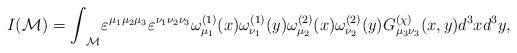
LaTeX: \begin{align*}I({\cal M}) = {\int}_{\cal M} {\varepsilon}^ {{\mu}_1 {\mu}_2 {\mu}_3} {\varepsilon}^{{\nu}_1 {\nu}_2 {\nu}_3} {\omega}^{(1)}_{{\mu}_1} (x) {\omega}^{(1)}_{{\nu}_1} (y) {\omega}^{(2)}_{{\mu}_2} (x) {\omega}^{(2)}_{{\nu}_2}(y) G^{(\chi)}_{{\mu}_3 {\nu}_3} (x, y) d^3 x d^3 y,\end{align*}